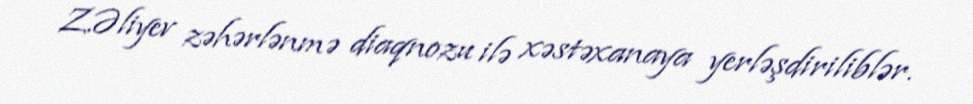
Z.Əliyev zəhərlənmə diaqnozu ilə xəstəxanaya yerləşdiriliblər.